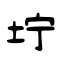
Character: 坾